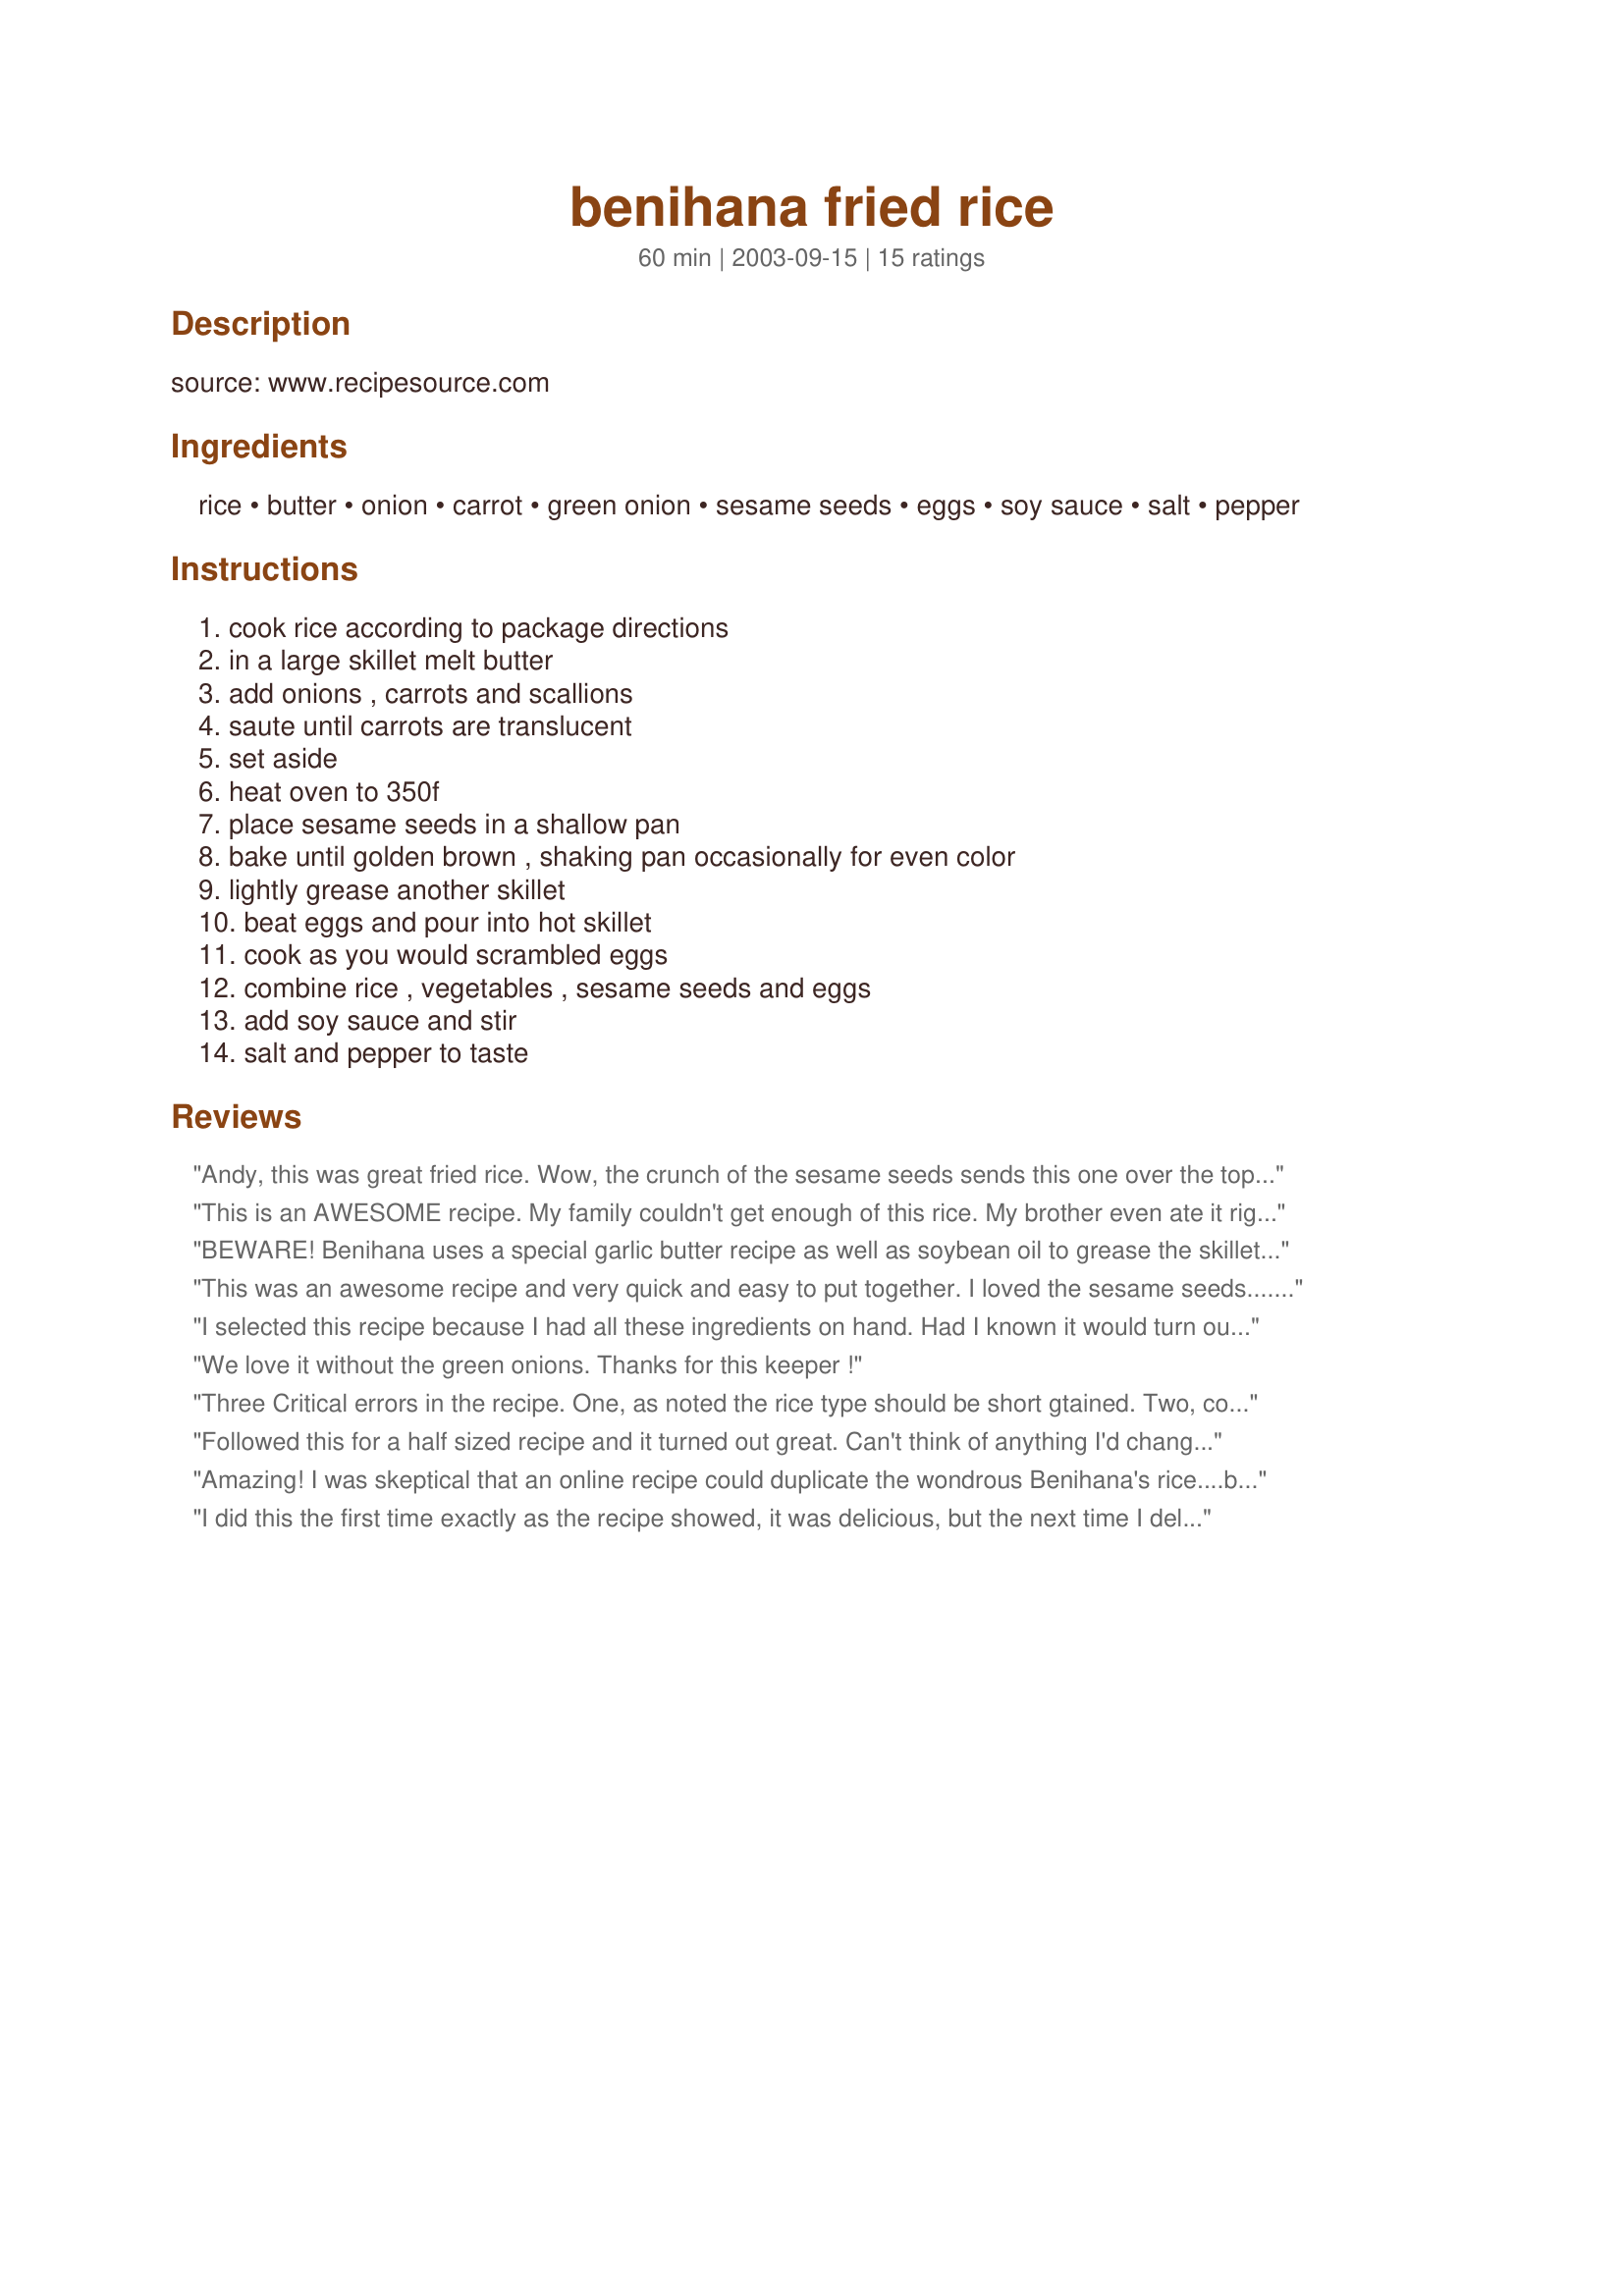
benihana fried rice
Preparation time: 60 minutes

source: www.recipesource.com

Ingredients:
rice, butter, onion, carrot, green onion, sesame seeds, eggs, soy sauce, salt, pepper

Steps:
cook rice according to package directions, in a large skillet melt butter, add onions , carrots and scallions, saute until carrots are translucent, set aside, heat oven to 350f, place sesame seeds in a shallow pan, bake until golden brown , shaking pan occasionally for even color, lightly grease another skillet, beat eggs and pour into hot skillet, cook as you would scrambled eggs, combine rice , vegetables , sesame seeds and eggs, add soy sauce and stir, salt and pepper to taste

Reviews:
Andy, this was great fried rice. Wow, the crunch of the sesame seeds sends this one over the top. I substituted 1tsp of the soy sauce for fish sauce (mine is especially salty or I would have used more), added 1T sugar and 1/4tsp white pepper, no salt was needed. This was positively addictive made with brown basmati rice.
This is an AWESOME recipe. My family couldn't get enough of this rice. My brother even ate it right out of the frying pan and said this is all he needs for dinner.
BEWARE! Benihana uses a special garlic butter recipe as well as soybean oil to grease the skillet. This recipe here was dissapointing. My fiance and I go to Benihana once a week and this is NOT the recipe. Decent though.
This was an awesome recipe and very quick and easy to put together. I loved the sesame seeds.... they really made this recipe complete. I used 3 cups of rice and followed the recipe as stated. Yummo!!! thanks for sharing!
I selected this recipe because I had all these ingredients on hand. Had I known it would turn out so well, I would have gone to the store to buy them : ) Great recipe, quick, easy and delicious!
We love it without the green onions. Thanks for this keeper !
Three Critical errors in the recipe. One, as noted the rice type should be short gtained. Two, cook the rice the day before then refrigerate the rice. Use the cold rice in the recipe. And most importantly- it's GARLIC butter!!!!!!!!!!!!
Followed this for a half sized recipe and it turned out great. Can't think of anything I'd change.
Thank you for posting!
Amazing! I was skeptical that an online recipe could duplicate the wondrous Benihana's rice....but I just made it at home per your instructions and it was PERFECT!

One idea - try to use medium grain or short grain rice instead of the typical long grain. It's tough to find but gives you the exact taste!
I did this the first time exactly as the recipe showed, it was delicious, but the next time I deleted two tbs butter (too much the first time), and added mushrooms, deleted the green onions, and added about a teaspoon of sesame oil. Yummy!!!!
Very Good!
This was really good and my family enjoyed it. I added a little fish sauce and didn't use the sesame seeds. My kids would have never forgiven me for putting seeds in their rice! :-) I'll be making this again!
Yum, yum, yum! I have always loved the rice at Benihana's and now I can eat it on the cheap whenever I please. One thing to note: use japanese short-grain rice rather than the more common long grain US rice, or it won't be just like what they give you in the restaurant.
First time making it and it came out great. Used mushrooms instead of the green onion and threw in chicken to transform this dish from an appetizer to a main dish. If you are thinking about making it without the sesame seeds, don't! The roasted seeds push this dish from a good one to a great one. will make this again!
Amazing! I think I'll add a few peas next time, but it was really outstanding and so easy to make.
